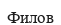
Филов